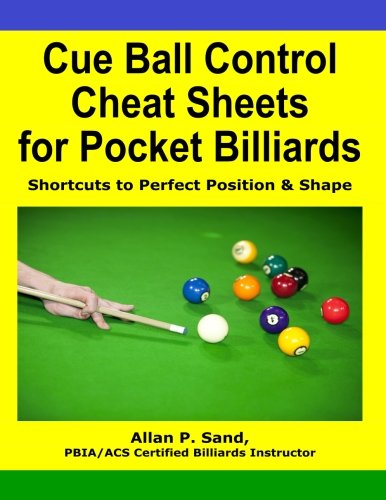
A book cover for Cue Ball Control Cheat Sheets for Pocket Billiards: Shortcuts to Perfect Position & Shape; Allan P. Sand; Sports & Outdoors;